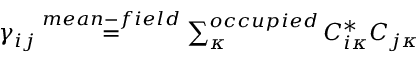
\begin{array} { r } { \gamma _ { i j } \overset { { m e a n - f i e l d } } { = } \sum _ { \kappa } ^ { o c c u p i e d } C _ { i \kappa } ^ { * } C _ { j \kappa } } \end{array}